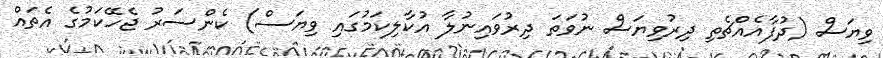
ވިޔަސް (ދުފާއެއްޗެތި ދިރުވިޔަސް ނުވަތަ ދިރުވައިނުލާ އުކާލިކަމުގައި ވިޔަސް) ކެންސަރު ޖެހޭކަމުގެ އެތައް